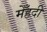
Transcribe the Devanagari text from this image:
मेँहदी